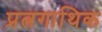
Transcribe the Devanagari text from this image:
प्रत्नगाथिक